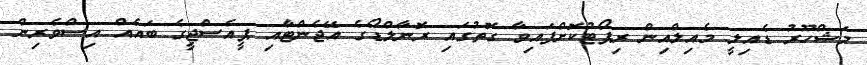
މަޝްހޫރު ޑެއިލީ މެއިލްއިން ރިޕޯޓުކޮށްފައިވާ ގޮތުގައި ރޮނާލްޑޯގެ އޭޖެންޓާއި ޕީއެސްޖީގެ ބައެއް އިސްވެރިން